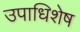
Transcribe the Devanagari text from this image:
उपाधिशेष